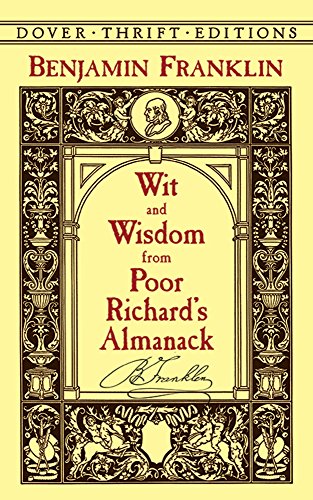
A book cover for Wit and Wisdom from Poor Richard's Almanack (Dover Thrift Editions); Benjamin Franklin; Reference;